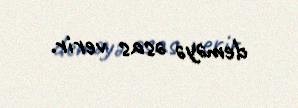
deməyə əsas verir.